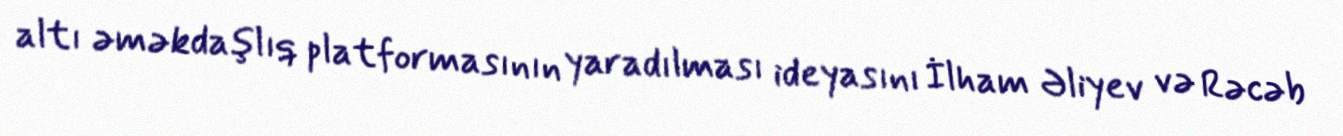
altı əməkdaşlıq platformasının yaradılması ideyasını İlham Əliyev və Rəcəb